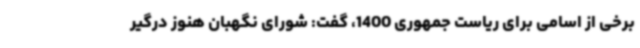
برخی از اسامی برای ریاست جمهوری 1400، گفت: شورای نگهبان هنوز درگیر